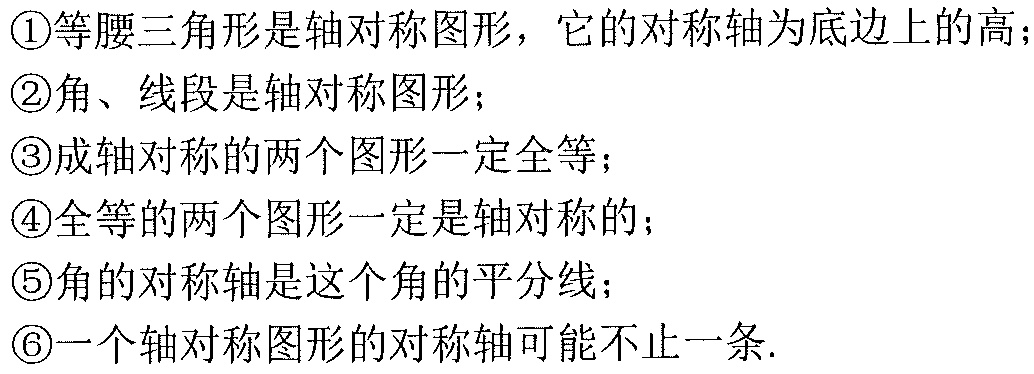
\textcircled{1}等腰三角形是轴对称图形，它的对称轴为底边上的高；
\textcircled{2}角、线段是轴对称图形；
\textcircled{3}成轴对称的两个图形一定全等；
\textcircled{4}全等的两个图形一定是轴对称的；
\textcircled{5}角的对称轴是这个角的平分线；
\textcircled{6}一个轴对称图形的对称轴可能不止一条.